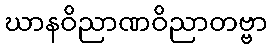
ဃာနဝိညာဏဝိညာတဗ္ဗာ